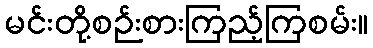
မင်းတို့စဉ်းစားကြည့်ကြစမ်း။